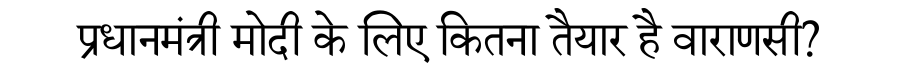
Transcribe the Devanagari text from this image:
प्रधानमंत्री मोदी के लिए कितना तैयार है वाराणसी?